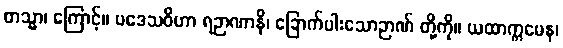
တသ္မာ၊ ကြောင့်။ ပဒေသဝိဟာ ရဉာဏာနိ၊ ခြောက်ပါးသောဉာဏ် တို့ကို။ ယထာက္ကမေန၊